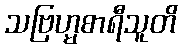
သဗြဟ္မစာရီသူတိ